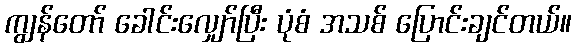
ကျွန်တော် ခေါင်းလျှော်ပြီး ပုံစံ အသစ် ပြောင်းချင်တယ်။